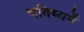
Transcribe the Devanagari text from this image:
भविष्‍यमें